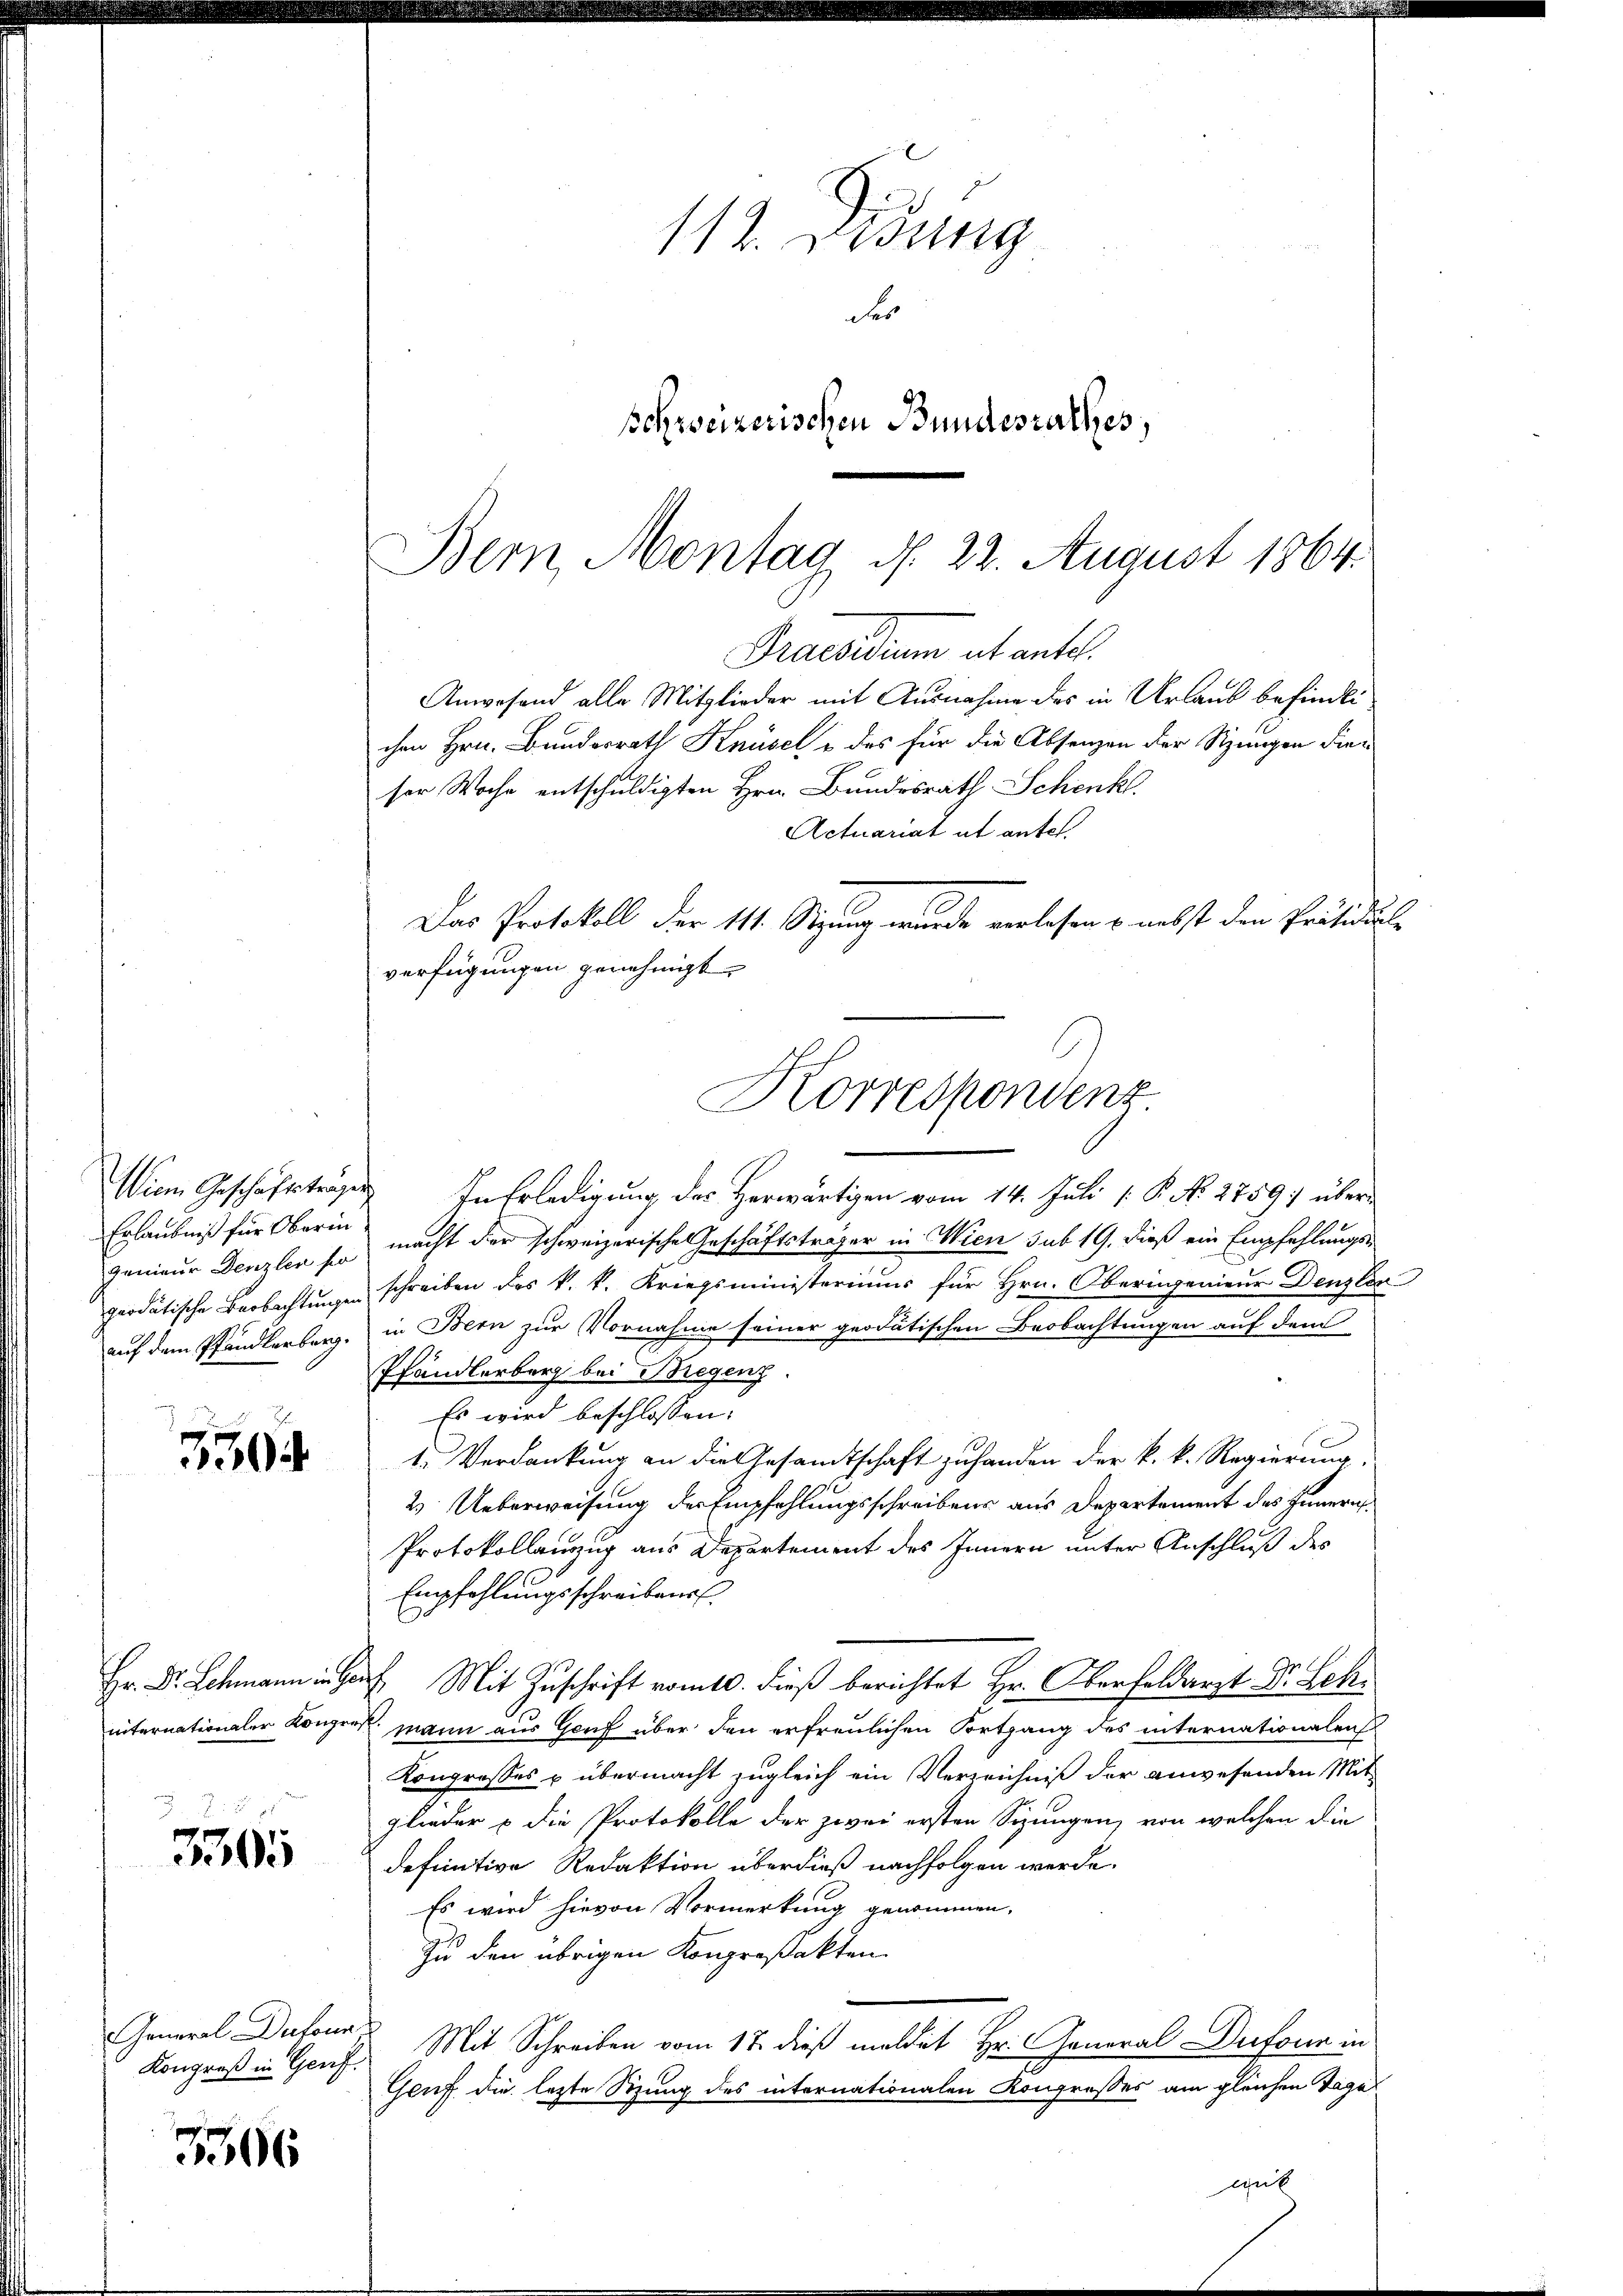
Erlaubniß für Oberin

750

: 2
3305

Praesiduum ut antel.
Anwesend alle Mitglieder mit Ausnahme des in Urlaub befindlichen Hrn. Bundesrath Knüsel u. des für die Absenzen der Sizigen Frieser Woche entschuldigten Hrn. Bundesrath Schenk
Actuariat et antes.
Das Protokoll der 111. Setzung wurde verlesen & nebst den Präsidial-
verfügungen genehmigt.
Viem Geschäftsträgen. In Erledigung des Herwärtigen vom 14. Juli [ P. No 2759) über¬
Jenieur Denzler so macht der schweizerische Geschäftsträger in Wien sub 19. dieß ein Empfehlungspeodatische Beobachtungen schreiben des k. k. Kriegsministeriums für Hrn. Oberingenieur Denzlos
auf dem Pfändlerberg, in Bern zur Vornahme seiner geodatischen Beobachtungen auf dem
Pfändlerberg bei Bregenz
Es wird beschlossen:
1. Verdankung an die Gesamtschaft zu handen der k. k. Regierung
2. Ueberweisung der Empfehlungsschreibens aus Departement des Innern
Protokollanung aus Departement des Innern unter Anschluß des
Empfehlungsschreibens
Hr. Dr. Schmann in Graf Mit Zuschrift vom 10. dieß berichtet Hr. Oberfeldarzt Dr. Leh
iiternationaler Kongreß mann aus Gruf über den erfreulichen Fortgang des internationalen
Kongresses u übermacht zugleich ein Verzeichniß der anwesenden Mitglieder u die Protokolle der zwei ersten Sizungen, von welchen die
definitive Redaktion überdieß nachfolgen werde.
Es wird hievon Vormerkung genommen.
Zu den übrigen Kongreßakten
Kongreß in Genf Mit Schreiben vom 17. dieß meldet Hr. General-Dufour in
Gruf die lezte Sitzung des internationalen Kongrosses am gleichen Tage
gut

General Dutonn

306

112. Didung
der
schweizerischen Bundesrathes,

Bern, Montag d. 22. August 1864.

e
Korrespondenz